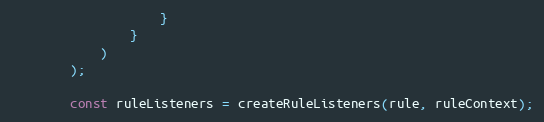
Language: JavaScript
                    }
                }
            )
        );

        const ruleListeners = createRuleListeners(rule, ruleContext);